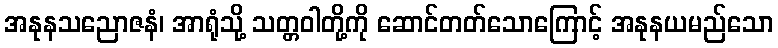
အနုနသညောဇနံ၊ အာရုံသို့ သတ္တဝါတို့ကို ဆောင်တတ်သောကြောင့် အနုနယမည်သော